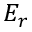
E _ { r }